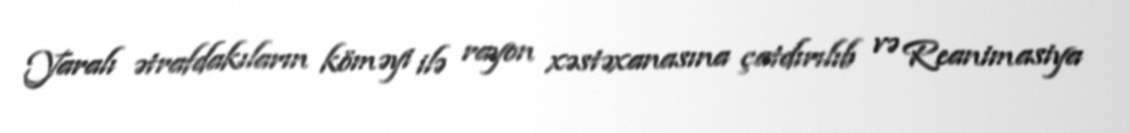
Yaralı ətrafdakıların köməyi ilə rayon xəstəxanasına çatdırılıb və Reanimasiya